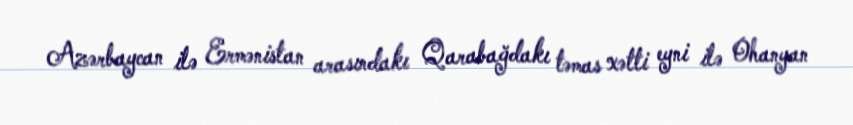
Azərbaycan ilə Ermənistan arasındakı Qarabağdakı təmas xətti eyni ilə Ohanyan